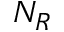
N _ { R }